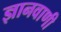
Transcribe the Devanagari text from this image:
ज्ञानवाणी